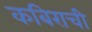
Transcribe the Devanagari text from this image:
कबिराची